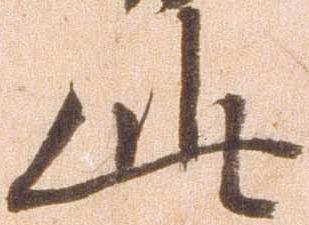
此